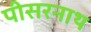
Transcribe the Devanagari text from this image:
पीसरनाथ